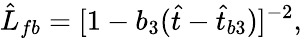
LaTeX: \hat{L}_{fb}=[1-b_{3}(\hat{t}-\hat{t}_{b3})]^{-2},